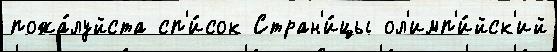
пожа́луйста сп'и́сок Стран'и́цы ол'имп'и́йск'ий